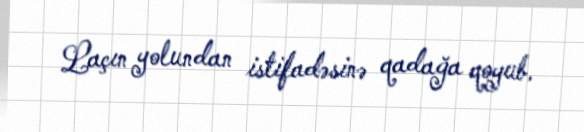
Laçın yolundan istifadəsinə qadağa qoyub.